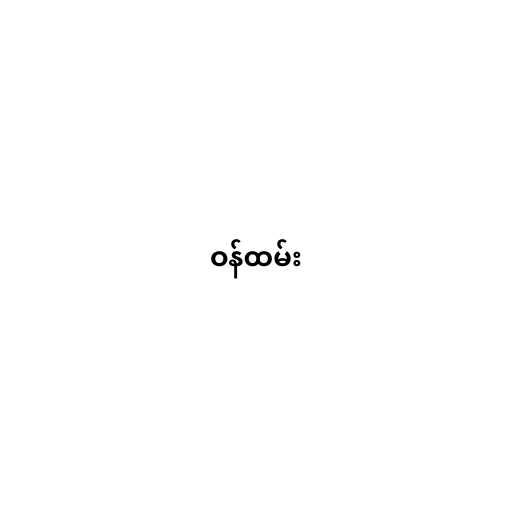
ဝန်ထမ်း